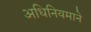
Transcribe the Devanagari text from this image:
अधिनियमाने